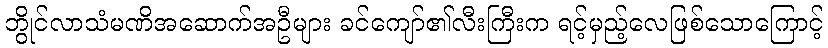
ဘွိုင်လာသံမဏိအဆောက်အဦများ ခင်ကျော်၏လီးကြီးက ရင့်မှည့်လေဖြစ်သောကြောင့်